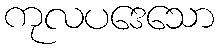
ကုလပဒေသော